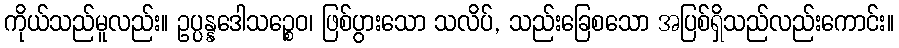
ကိုယ်သည်မူလည်း။ ဥပ္ပန္နဒေါသဉ္စေဝ၊ ဖြစ်ပွားသော သလိပ်, သည်းခြေစသော အပြစ်ရှိသည်လည်းကောင်း။